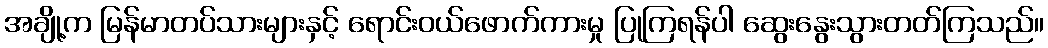
အချို့က မြန်မာတပ်သားများနှင့် ရောင်းဝယ်ဖောက်ကားမှု ပြုကြရန်ပါ ဆွေးနွေးသွားတတ်ကြသည်။